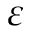
\varepsilon